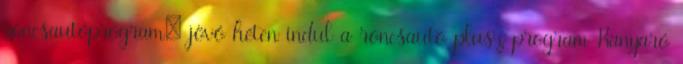
roncsautóprogram; jövő héten indul a roncsautó plusz program Kanyaró